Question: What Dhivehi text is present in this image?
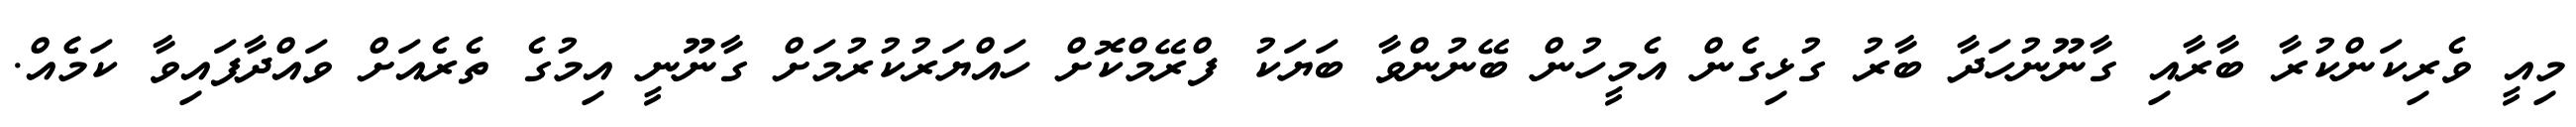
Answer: މިއީ ވެރިކަންކުރާ ބާރާއި ގާނޫނުހަދާ ބާރު ގުޅިގެން އެމީހުން ބޭނުންވާ ބަޔަކު ފްރޭމްކޮށް ހައްޔަރުކުރުމަށް ގާނޫނީ އިމުގެ ތެރެއަށް ވައްދާފައިވާ ކަމެެއް.